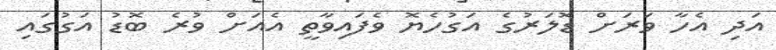
އަދި އެހާ ވަރަށް ޑޮލަރުގެ އަގުހެޔޮ ވެފައިވާތީ އެއަށް ވުރެ ބޮޑު އަގުގައި